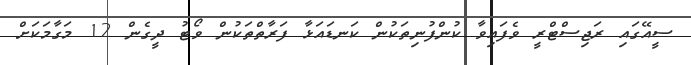
ސީއޭގައި ރަޖިސްޓްރީ ވެފައިވާ ކުންފުނިތަކުން ކަނޑައަޅާ ފަރާތްތަކުން ވޯޓު ދީގެން 12 މަގާމަކަށް